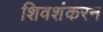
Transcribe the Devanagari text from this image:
शिवशंकरन